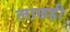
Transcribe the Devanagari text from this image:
लाछड़ी